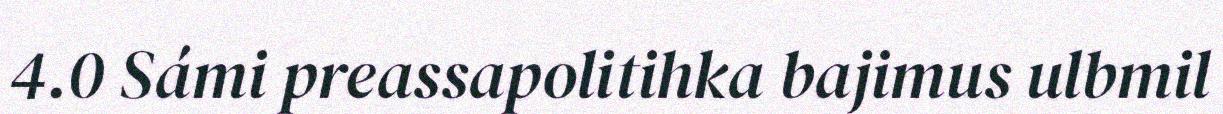
4.0 Sámi preassapolitihka bajimus ulbmil